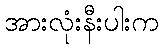
အားလုံးနီးပါးက